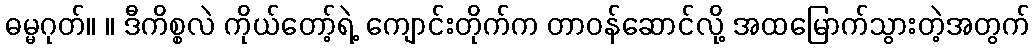
ဓမ္မဂုတ်။ ။ ဒီကိစ္စလဲ ကိုယ်တော့်ရဲ့ ကျောင်းတိုက်က တာဝန်ဆောင်လို့ အထမြောက်သွားတဲ့အတွက်